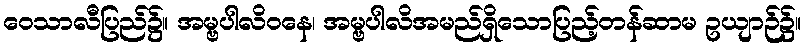
ဝေသာလီပြည်၌။ အမ္ဗပါလိဝနေ၊ အမ္ဗပါလိအမည်ရှိသောပြည့်တန်ဆာမ ဥယျာဉ်၌။